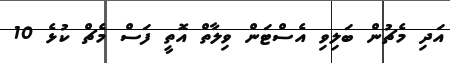
އަދި މެޗުން ބަލިވި އެސްޓަން ވިލާތް އޮތީ ފަސް މެޗް ކުޅެ 10